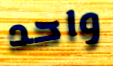
واحد